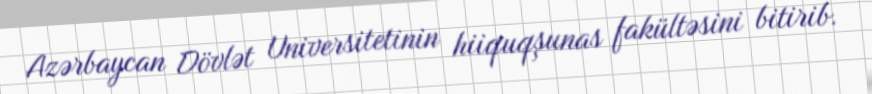
Azərbaycan Dövlət Universitetinin hiiquqşunas fakültəsini bitirib.